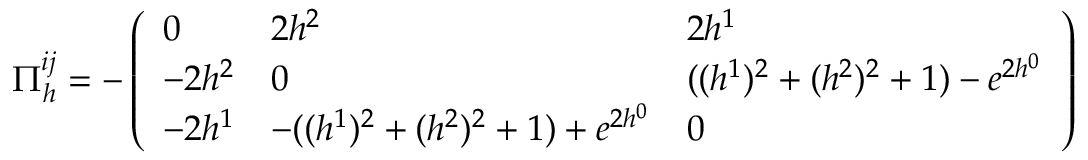
\Pi _ { h } ^ { i j } = - \left( \begin{array} { l l l } { { 0 } } & { { 2 h ^ { 2 } } } & { { 2 h ^ { 1 } } } \\ { { - 2 h ^ { 2 } } } & { { 0 } } & { { ( ( h ^ { 1 } ) ^ { 2 } + ( h ^ { 2 } ) ^ { 2 } + 1 ) - e ^ { 2 h ^ { 0 } } } } \\ { { - 2 h ^ { 1 } } } & { { - ( ( h ^ { 1 } ) ^ { 2 } + ( h ^ { 2 } ) ^ { 2 } + 1 ) + e ^ { 2 h ^ { 0 } } } } & { { 0 } } \end{array} \right)